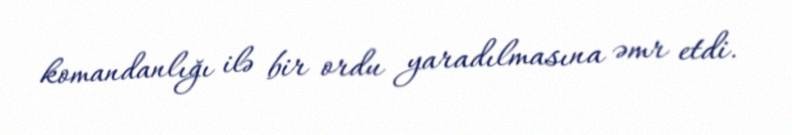
komandanlığı ilə bir ordu yaradılmasına əmr etdi.